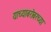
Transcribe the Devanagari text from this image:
याच्याबरोबरच्या